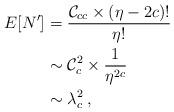
LaTeX: \begin{align*}E[N'] &= \dfrac{{\cal C}_{cc} \times(\eta-2c)!}{\eta!}\\ &\sim {\cal C}_{c}^2 \times \dfrac{1}{\eta^{2c}}\\ &\sim \lambda_c^2\:,\end{align*}